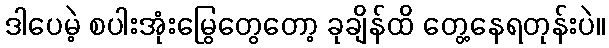
ဒါပေမဲ့ စပါးအုံးမြွေတွေတော့ ခုချိန်ထိ တွေ့နေရတုန်းပဲ။